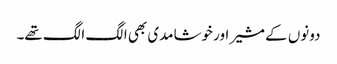
دونوں کے مشیر اور خوشامدی بھی الگ الگ تھے۔